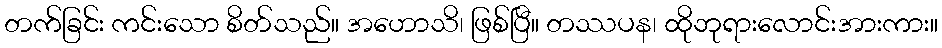
တက်ခြင်း ကင်းသော စိတ်သည်။ အဟောသိ၊ ဖြစ်ပြီ။ တဿပန၊ ထိုဘုရားလောင်းအားကား။